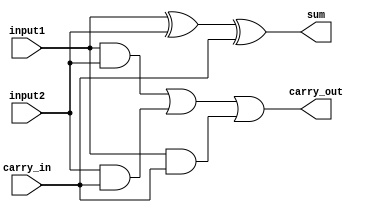
`timescale 1ns / 1ps
//////////////////////////////////////////////////////////////////////////////////
//
//
// Module Name:    Full-Adder-Circuit 
//
// Description: A simple Full Adder Circuit using XOR and AND Gates
//
//////////////////////////////////////////////////////////////////////////////////
module FullAdderCircuit(
	input input1,
	input input2,
	input carry_in,
	output sum,
	output carry_out
    );

xor(sum, input1, input2, carry_in);

and(tempVar1, input1, input2);
and(tempVar2, input2, carry_in);
and(tempVar3, input1, carry_in);

or(carry_out, tempVar1, tempVar2, tempVar3);

endmodule